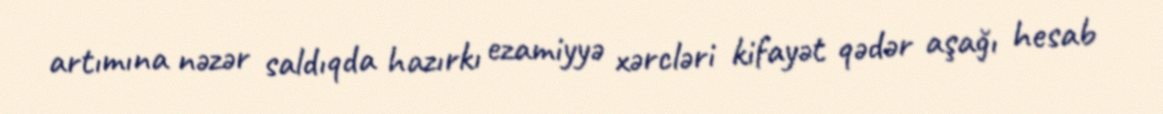
artımına nəzər saldıqda hazırkı ezamiyyə xərcləri kifayət qədər aşağı hesab